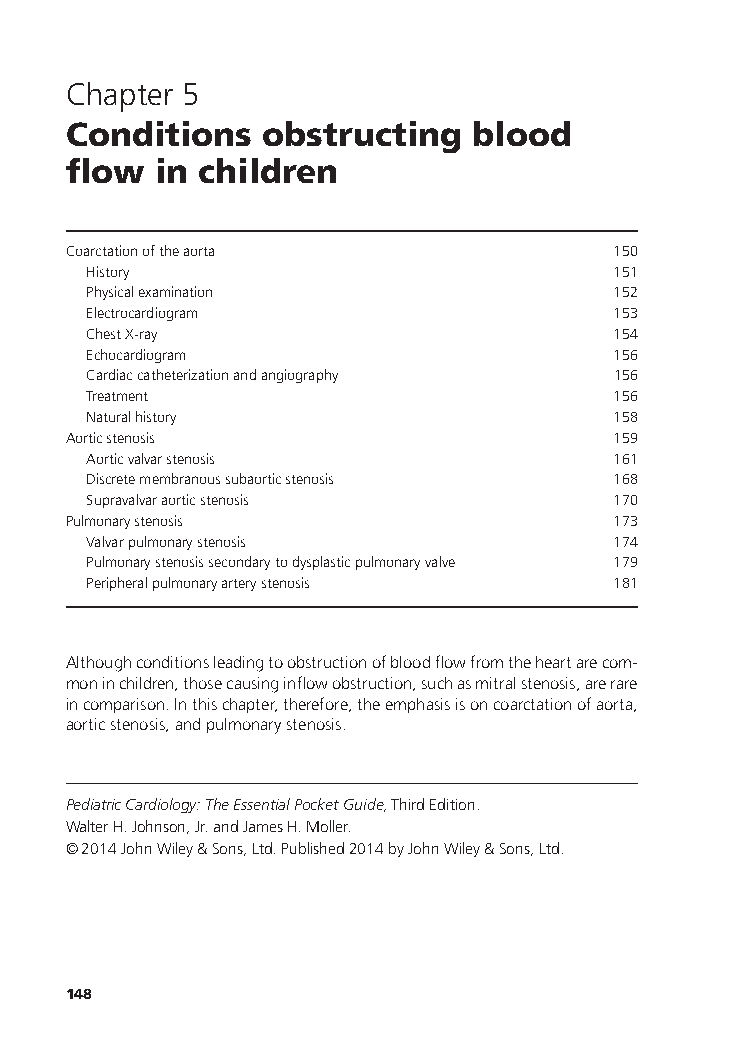
Chapter 5
 Conditions   obstructing   blood
 flow  in children
 Coarctationoftheaorta               150
 History                            151
 Physicalexamination                152
 Electrocardiogram                  153
 ChestX-ray                         154
 Echocardiogram                     156
 Cardiaccatheterizationandangiography 156
 Treatment                          156
 Naturalhistory                     158
 Aorticstenosis                      159
 Aorticvalvarstenosis               161
 Discretemembranoussubaorticstenosis 168
 Supravalvaraorticstenosis          170
 Pulmonarystenosis                   173
 Valvarpulmonarystenosis            174
 Pulmonarystenosissecondarytodysplasticpulmonaryvalve 179
 Peripheralpulmonaryarterystenosis  181
 Althoughconditionsleadingtoobstructionofbloodflowfromtheheartarecom-
 moninchildren,thosecausinginflowobstruction,suchasmitralstenosis,arerare
 incomparison.Inthischapter,therefore,theemphasisisoncoarctationofaorta,
 aorticstenosis,andpulmonarystenosis.
 PediatricCardiology:TheEssentialPocketGuide,ThirdEdition.
 WalterH.Johnson,Jr.andJamesH.Moller.
 ©2014JohnWiley&Sons,Ltd.Published2014byJohnWiley&Sons,Ltd.
 148